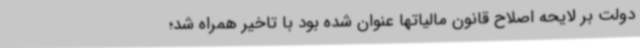
دولت بر لایحه اصلاح قانون مالیاتها عنوان شده بود با تاخیر همراه شد؛